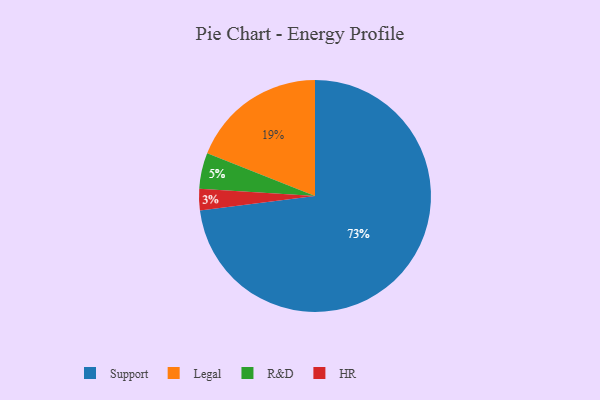
{"axis": {"x": "Category", "y": "Percentage"}, "legend": ["HR", "Legal", "R&D", "Support"], "data": [{"x": "Legal", "y": 19, "type": "Legal"}, {"x": "R&D", "y": 5, "type": "R&D"}, {"x": "Support", "y": 73, "type": "Support"}, {"x": "HR", "y": 3, "type": "HR"}]}